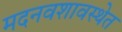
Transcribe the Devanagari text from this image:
मदनवशावस्थेत